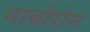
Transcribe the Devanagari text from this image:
गाबोरोन